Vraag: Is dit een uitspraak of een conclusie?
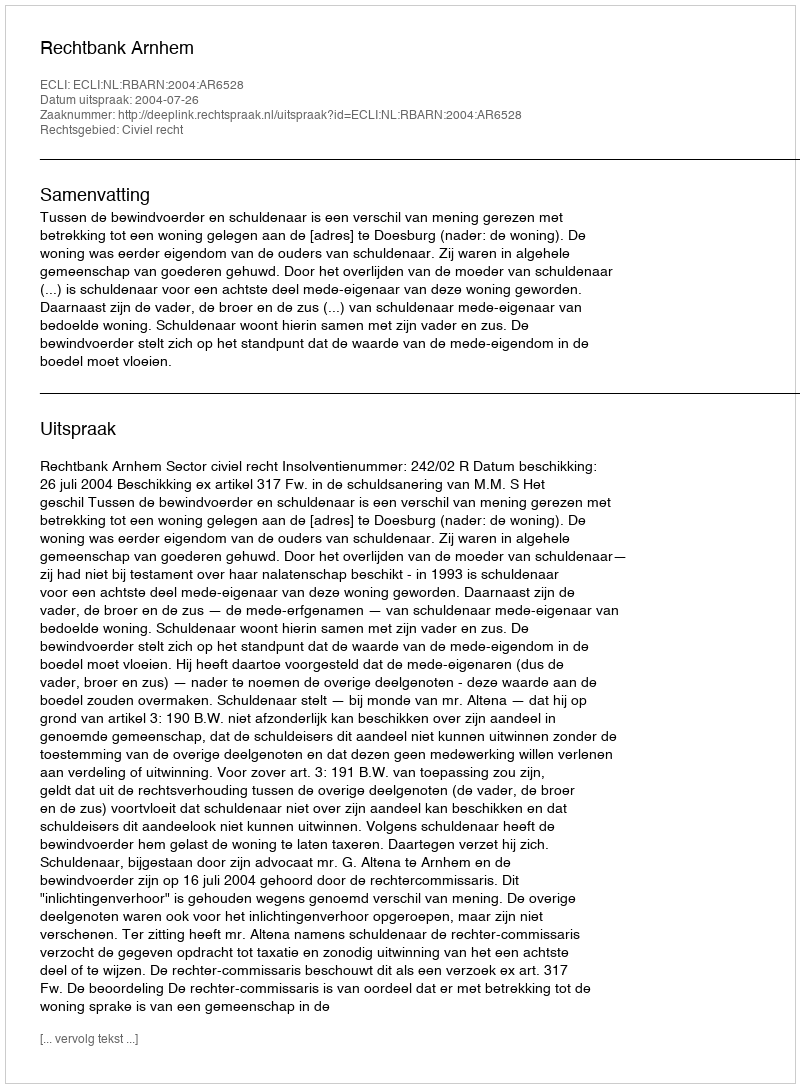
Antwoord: Uitspraak